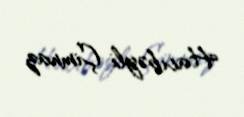
Hacıbəyli Çimnaz